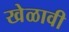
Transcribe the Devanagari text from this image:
खेळावी